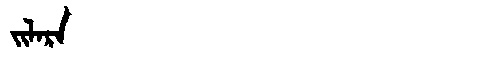
Manchu: ᠵᡳᠯᠠᡵᠠ
Romanization: JILARA